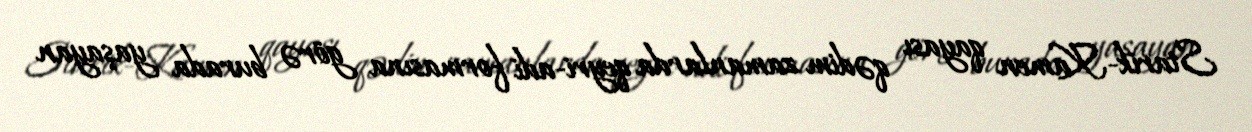
Starik-Kamen qayası qədim zamanlarda qeyri-adi formasına görə burada yaşayan